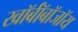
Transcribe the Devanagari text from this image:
खॉर्बॉबॉजॉय